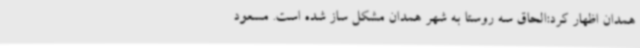
همدان اظهار کرد:الحاق سه روستا به شهر همدان مشکل ساز شده است. مسعود